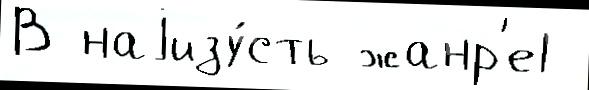
В наjизу́сть жанр'е1